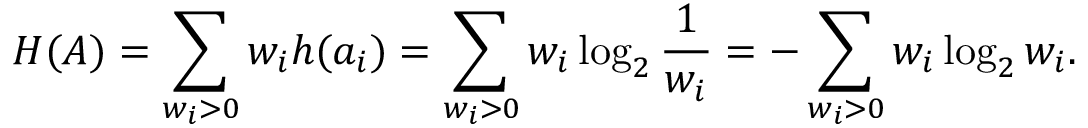
H ( A ) = \sum _ { w _ { i } > 0 } w _ { i } h ( a _ { i } ) = \sum _ { w _ { i } > 0 } w _ { i } \log _ { 2 } { \frac { 1 } { w _ { i } } } = - \sum _ { w _ { i } > 0 } w _ { i } \log _ { 2 } { w _ { i } } .